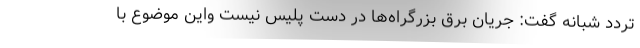
تردد شبانه گفت: جریان برق بزرگراه‌ها در دست پلیس نیست واین موضوع با